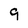
Character: 9